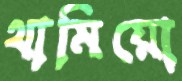
থামিয়ো